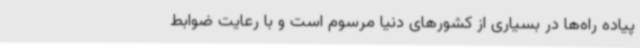
پیاده راه‌ها در بسیاری از کشورهای دنیا مرسوم است و با رعایت ضوابط